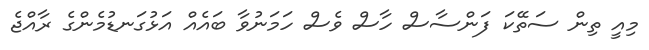
މިއީ ތިން ސަތޭކަ ފަންސާސް ހާސް ވެސް ހަމަނުވާ ބައެއް އަޅުގަނޑުމެންގެ ރާއްޖެ